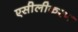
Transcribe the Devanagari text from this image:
एसीलीकरण